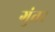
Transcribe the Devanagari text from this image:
गुंतर